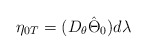
\begin{align*}\eta_{0T}= (D_{\theta}\hat\Theta_{0})d\lambda\end{align*}